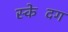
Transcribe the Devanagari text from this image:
स्केदिंग